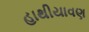
હાથીયાવણ